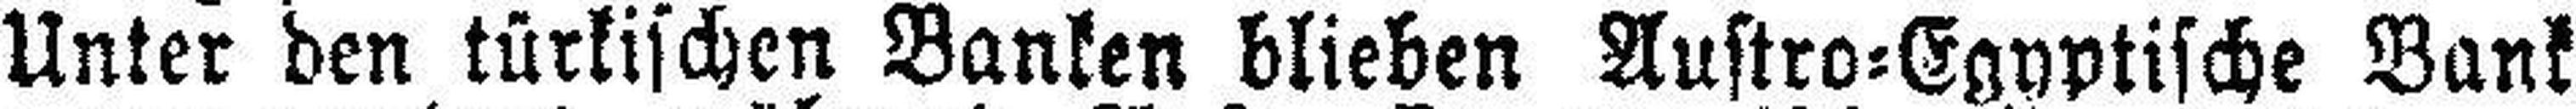
Unter den türkischen Banken blieben Austro=Egyptische Bank